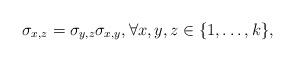
LaTeX: \begin{align*} \sigma_{x,z} = \sigma_{y,z} \sigma_{x,y},\forall x,y,z \in \{1,\dots,k\},\end{align*}